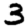
Digit: 3